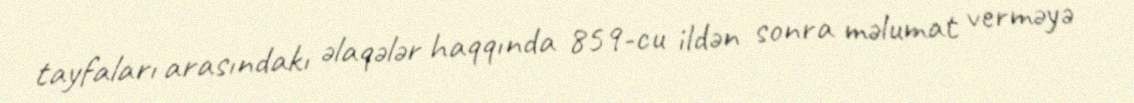
tayfaları arasındakı əlaqələr haqqında 859-cu ildən sonra məlumat verməyə